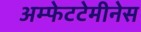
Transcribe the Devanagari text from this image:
अम्फेटटेमीनेस